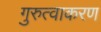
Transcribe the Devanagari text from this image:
गुरुत्वाकरण